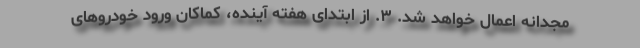
مجدانه اعمال خواهد شد. ۳. از ابتدای هفته آینده، کماکان ورود خودرو‌های